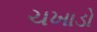
ચખાડો